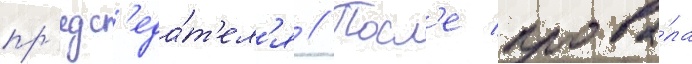
пр'едс'еда́т'ел'я // Посл'е прова́ла